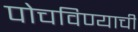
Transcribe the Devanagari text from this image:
पोचविण्याची